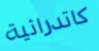
كاتدرائية